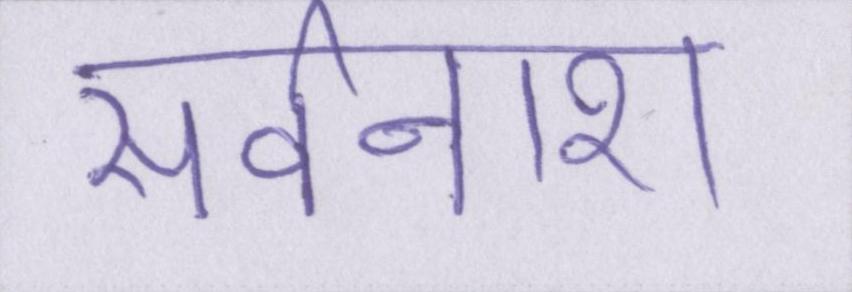
सर्वनाश